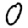
Digit: 0